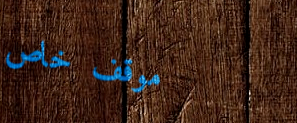
موقف خاص